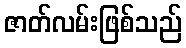
ဇာတ်လမ်းဖြစ်သည်